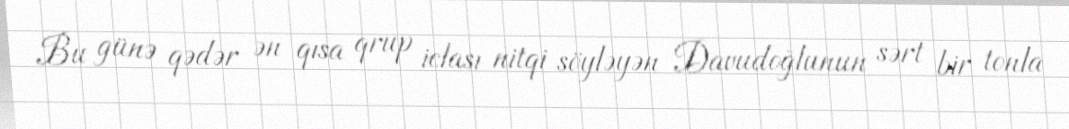
Bu günə qədər ən qısa qrup iclası nitqi söyləyən Davudoğlunun sərt bir tonla